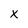
Character: X